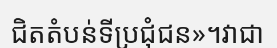
ជិតតំបន់ទីប្រជុំជន»។វាជា